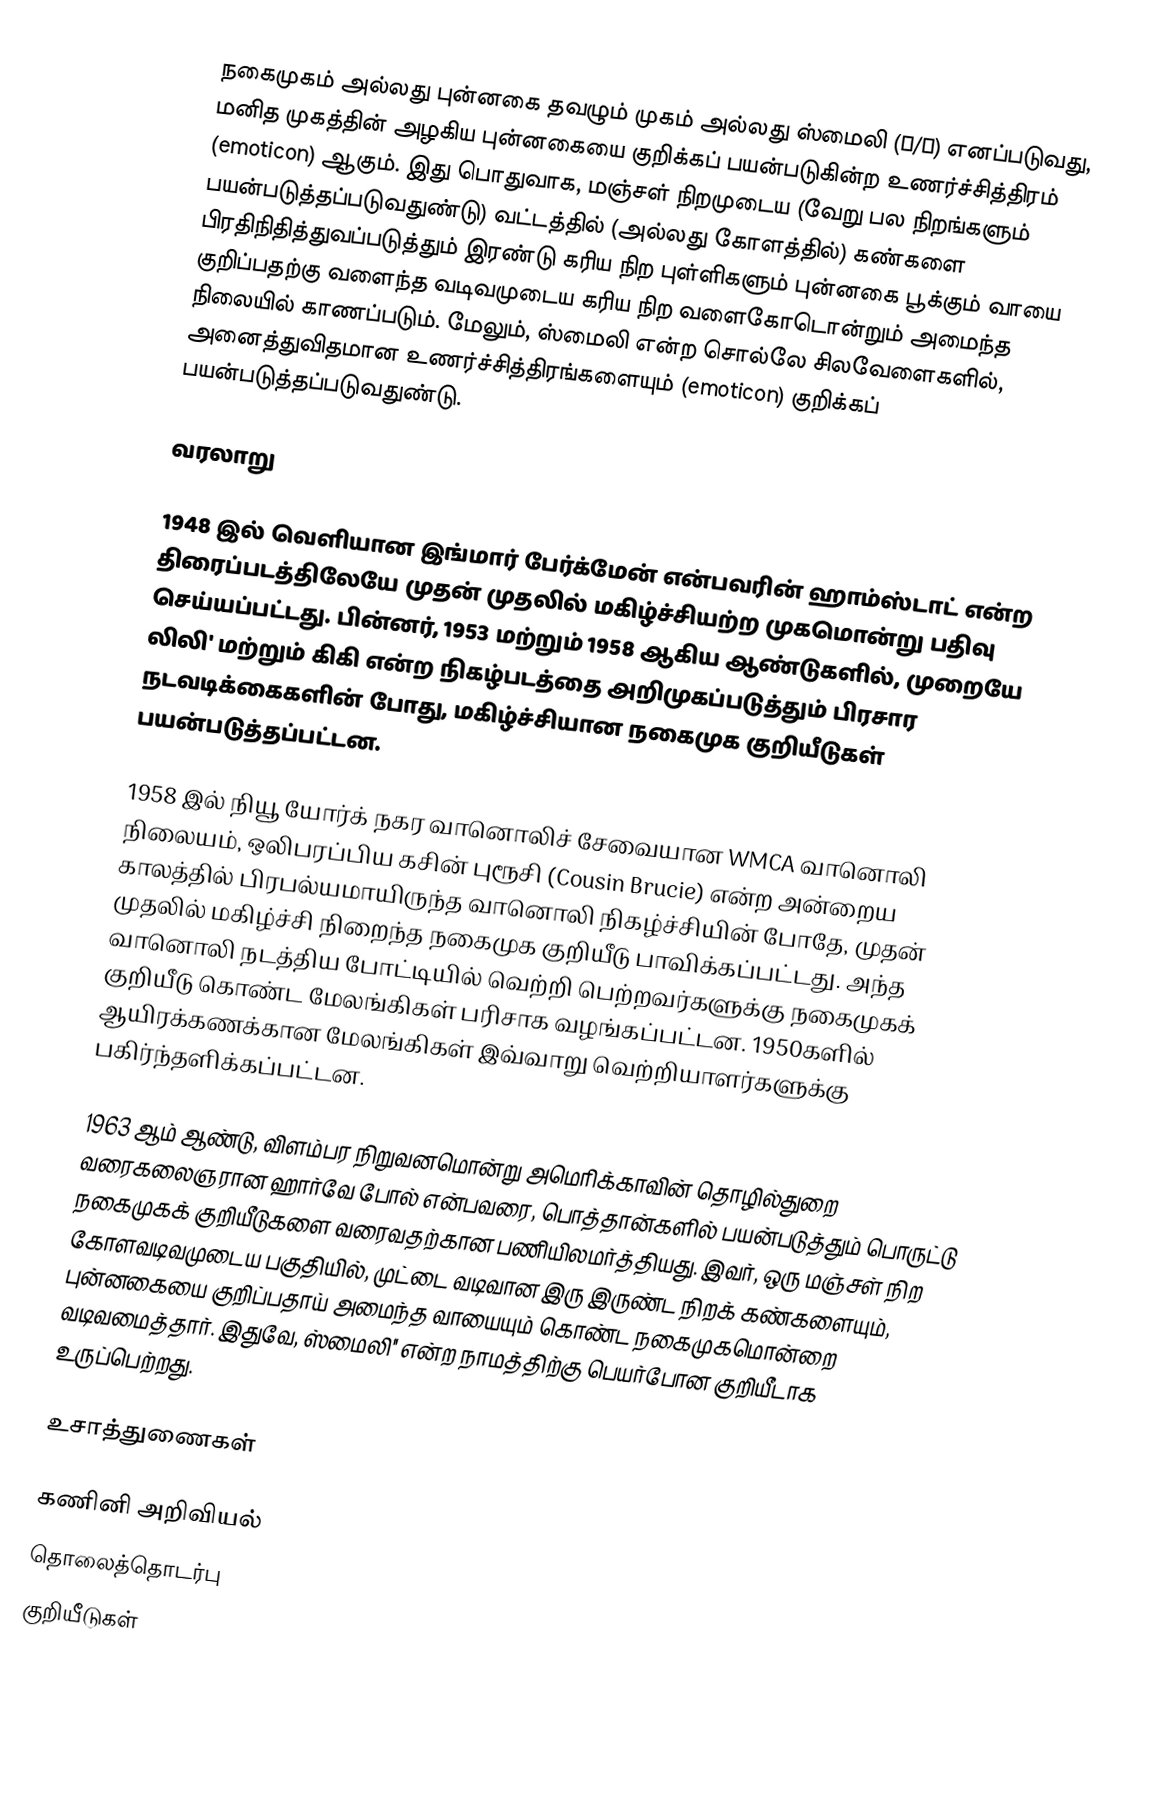
நகைமுகம் அல்லது புன்னகை தவழும் முகம் அல்லது ஸ்மைலி (☺/☻) எனப்படுவது, மனித முகத்தின் அழகிய புன்னகையை குறிக்கப் பயன்படுகின்ற உணர்ச்சித்திரம் (emoticon) ஆகும். இது பொதுவாக, மஞ்சள் நிறமுடைய (வேறு பல நிறங்களும் பயன்படுத்தப்படுவதுண்டு) வட்டத்தில் (அல்லது கோளத்தில்) கண்களை பிரதிநிதித்துவப்படுத்தும் இரண்டு கரிய நிற புள்ளிகளும் புன்னகை பூக்கும் வாயை குறிப்பதற்கு வளைந்த வடிவமுடைய கரிய நிற வளைகோடொன்றும் அமைந்த நிலையில் காணப்படும். மேலும், ஸ்மைலி என்ற சொல்லே சிலவேளைகளில், அனைத்துவிதமான உணர்ச்சித்திரங்களையும் (emoticon) குறிக்கப் பயன்படுத்தப்படுவதுண்டு.

வரலாறு

1948 இல் வெளியான இங்மார் பேர்க்மேன் என்பவரின் ஹாம்ஸ்டாட் என்ற திரைப்படத்திலேயே முதன் முதலில் மகிழ்ச்சியற்ற முகமொன்று பதிவு செய்யப்பட்டது. பின்னர், 1953 மற்றும் 1958 ஆகிய ஆண்டுகளில், முறையே லிலி' மற்றும் கிகி என்ற நிகழ்படத்தை அறிமுகப்படுத்தும் பிரசார நடவடிக்கைகளின் போது, மகிழ்ச்சியான நகைமுக குறியீடுகள் பயன்படுத்தப்பட்டன.

1958 இல் நியூ யோர்க் நகர வானொலிச் சேவையான WMCA வானொலி நிலையம், ஒலிபரப்பிய கசின் புரூசி (Cousin Brucie) என்ற அன்றைய காலத்தில் பிரபல்யமாயிருந்த வானொலி நிகழ்ச்சியின் போதே, முதன் முதலில் மகிழ்ச்சி நிறைந்த நகைமுக குறியீடு பாவிக்கப்பட்டது. அந்த வானொலி நடத்திய போட்டியில் வெற்றி பெற்றவர்களுக்கு நகைமுகக் குறியீடு கொண்ட மேலங்கிகள் பரிசாக வழங்கப்பட்டன. 1950களில் ஆயிரக்கணக்கான மேலங்கிகள் இவ்வாறு வெற்றியாளர்களுக்கு பகிர்ந்தளிக்கப்பட்டன.

1963 ஆம் ஆண்டு, விளம்பர நிறுவனமொன்று அமெரிக்காவின் தொழில்துறை வரைகலைஞரான ஹார்வே போல் என்பவரை, பொத்தான்களில் பயன்படுத்தும் பொருட்டு நகைமுகக் குறியீடுகளை வரைவதற்கான பணியிலமர்த்தியது. இவர், ஒரு மஞ்சள் நிற கோளவடிவமுடைய பகுதியில், முட்டை வடிவான இரு இருண்ட நிறக் கண்களையும், புன்னகையை குறிப்பதாய் அமைந்த வாயையும் கொண்ட நகைமுகமொன்றை வடிவமைத்தார். இதுவே, ஸ்மைலி'' என்ற நாமத்திற்கு பெயர்போன குறியீடாக உருப்பெற்றது.

உசாத்துணைகள்

கணினி அறிவியல்
தொலைத்தொடர்பு
குறியீடுகள்